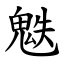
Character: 䰡